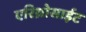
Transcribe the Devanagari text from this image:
एरिथ्रोसाईट